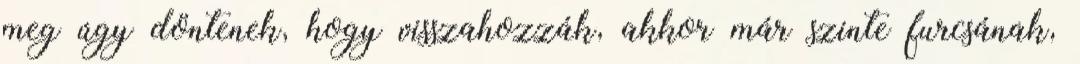
meg úgy döntenek, hogy visszahozzák, akkor már szinte furcsának,